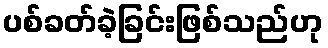
ပစ်ခတ်ခဲ့ခြင်းဖြစ်သည်ဟု